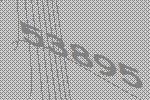
53895